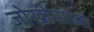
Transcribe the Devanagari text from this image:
जोखीमांच्या